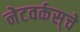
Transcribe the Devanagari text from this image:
नेटवर्कस्‌चे